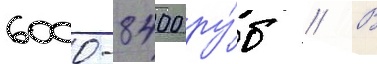
6000-8400 ру́б // В